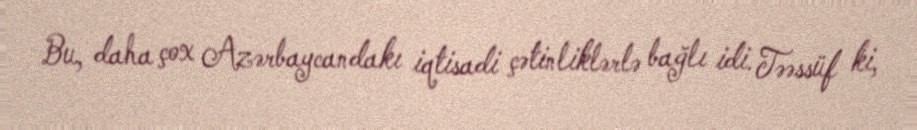
Bu, daha çox Azərbaycandakı iqtisadi çətinliklərlə bağlı idi. Təəssüf ki,